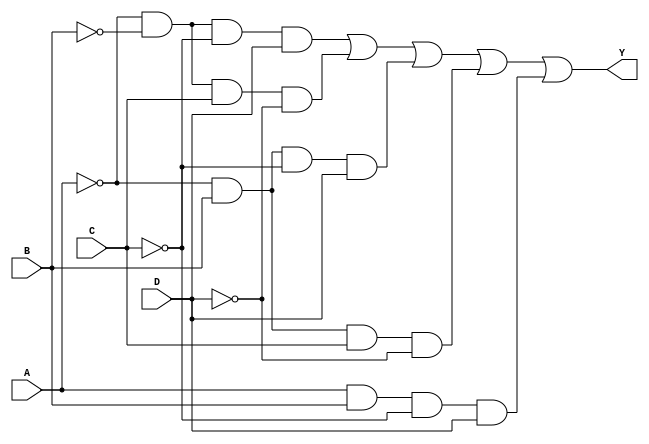
module kmap_4var (
    input wire A,  // Input variable A
    input wire B,  // Input variable B
    input wire C,  // Input variable C
    input wire D,  // Input variable D
    output wire Y  // Output variable Y
);

    // Internal wire to represent the minterms
    wire m0, m1, m2, m3, m4, m5, m6, m7, m8, m9, m10, m11, m12, m13, m14, m15;

    // Define the minterms based on the K-map
    assign m0 = ~A & ~B & ~C & ~D; // 0
    assign m1 = ~A & ~B & ~C &  D; // 1
    assign m2 = ~A & ~B &  C &  D; // 3
    assign m3 = ~A & ~B &  C & ~D; // 2
    assign m4 = ~A &  B & ~C & ~D; // 4
    assign m5 = ~A &  B & ~C &  D; // 5
    assign m6 = ~A &  B &  C &  D; // 7
    assign m7 = ~A &  B &  C & ~D; // 6
    assign m8 =  A & ~B & ~C & ~D; // 8
    assign m9 =  A & ~B & ~C &  D; // 9
    assign m10 =  A & ~B &  C &  D; // 11
    assign m11 =  A & ~B &  C & ~D; // 10
    assign m12 =  A &  B & ~C & ~D; // 12
    assign m13 =  A &  B & ~C &  D; // 13
    assign m14 =  A &  B &  C &  D; // 15
    assign m15 =  A &  B &  C & ~D; // 14

    // Combine the minterms that correspond to the K-map cells with 1s
    assign Y = m1 | m3 | m5 | m7 | m13; // Example: minterms 1, 3, 5, 7, 13

endmodule